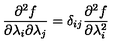
\frac { \partial ^ { 2 } f } { \partial \lambda _ { i } \partial \lambda _ { j } } = \delta _ { i j } \frac { \partial ^ { 2 } f } { \partial \lambda _ { i } ^ { 2 } }